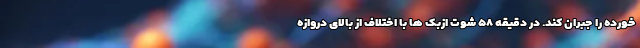
خورده را جبران کند. در دقیقه ۵۸ شوت ازبک ها با اختلاف از بالای دروازه